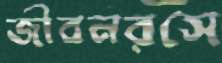
জীবনরসে